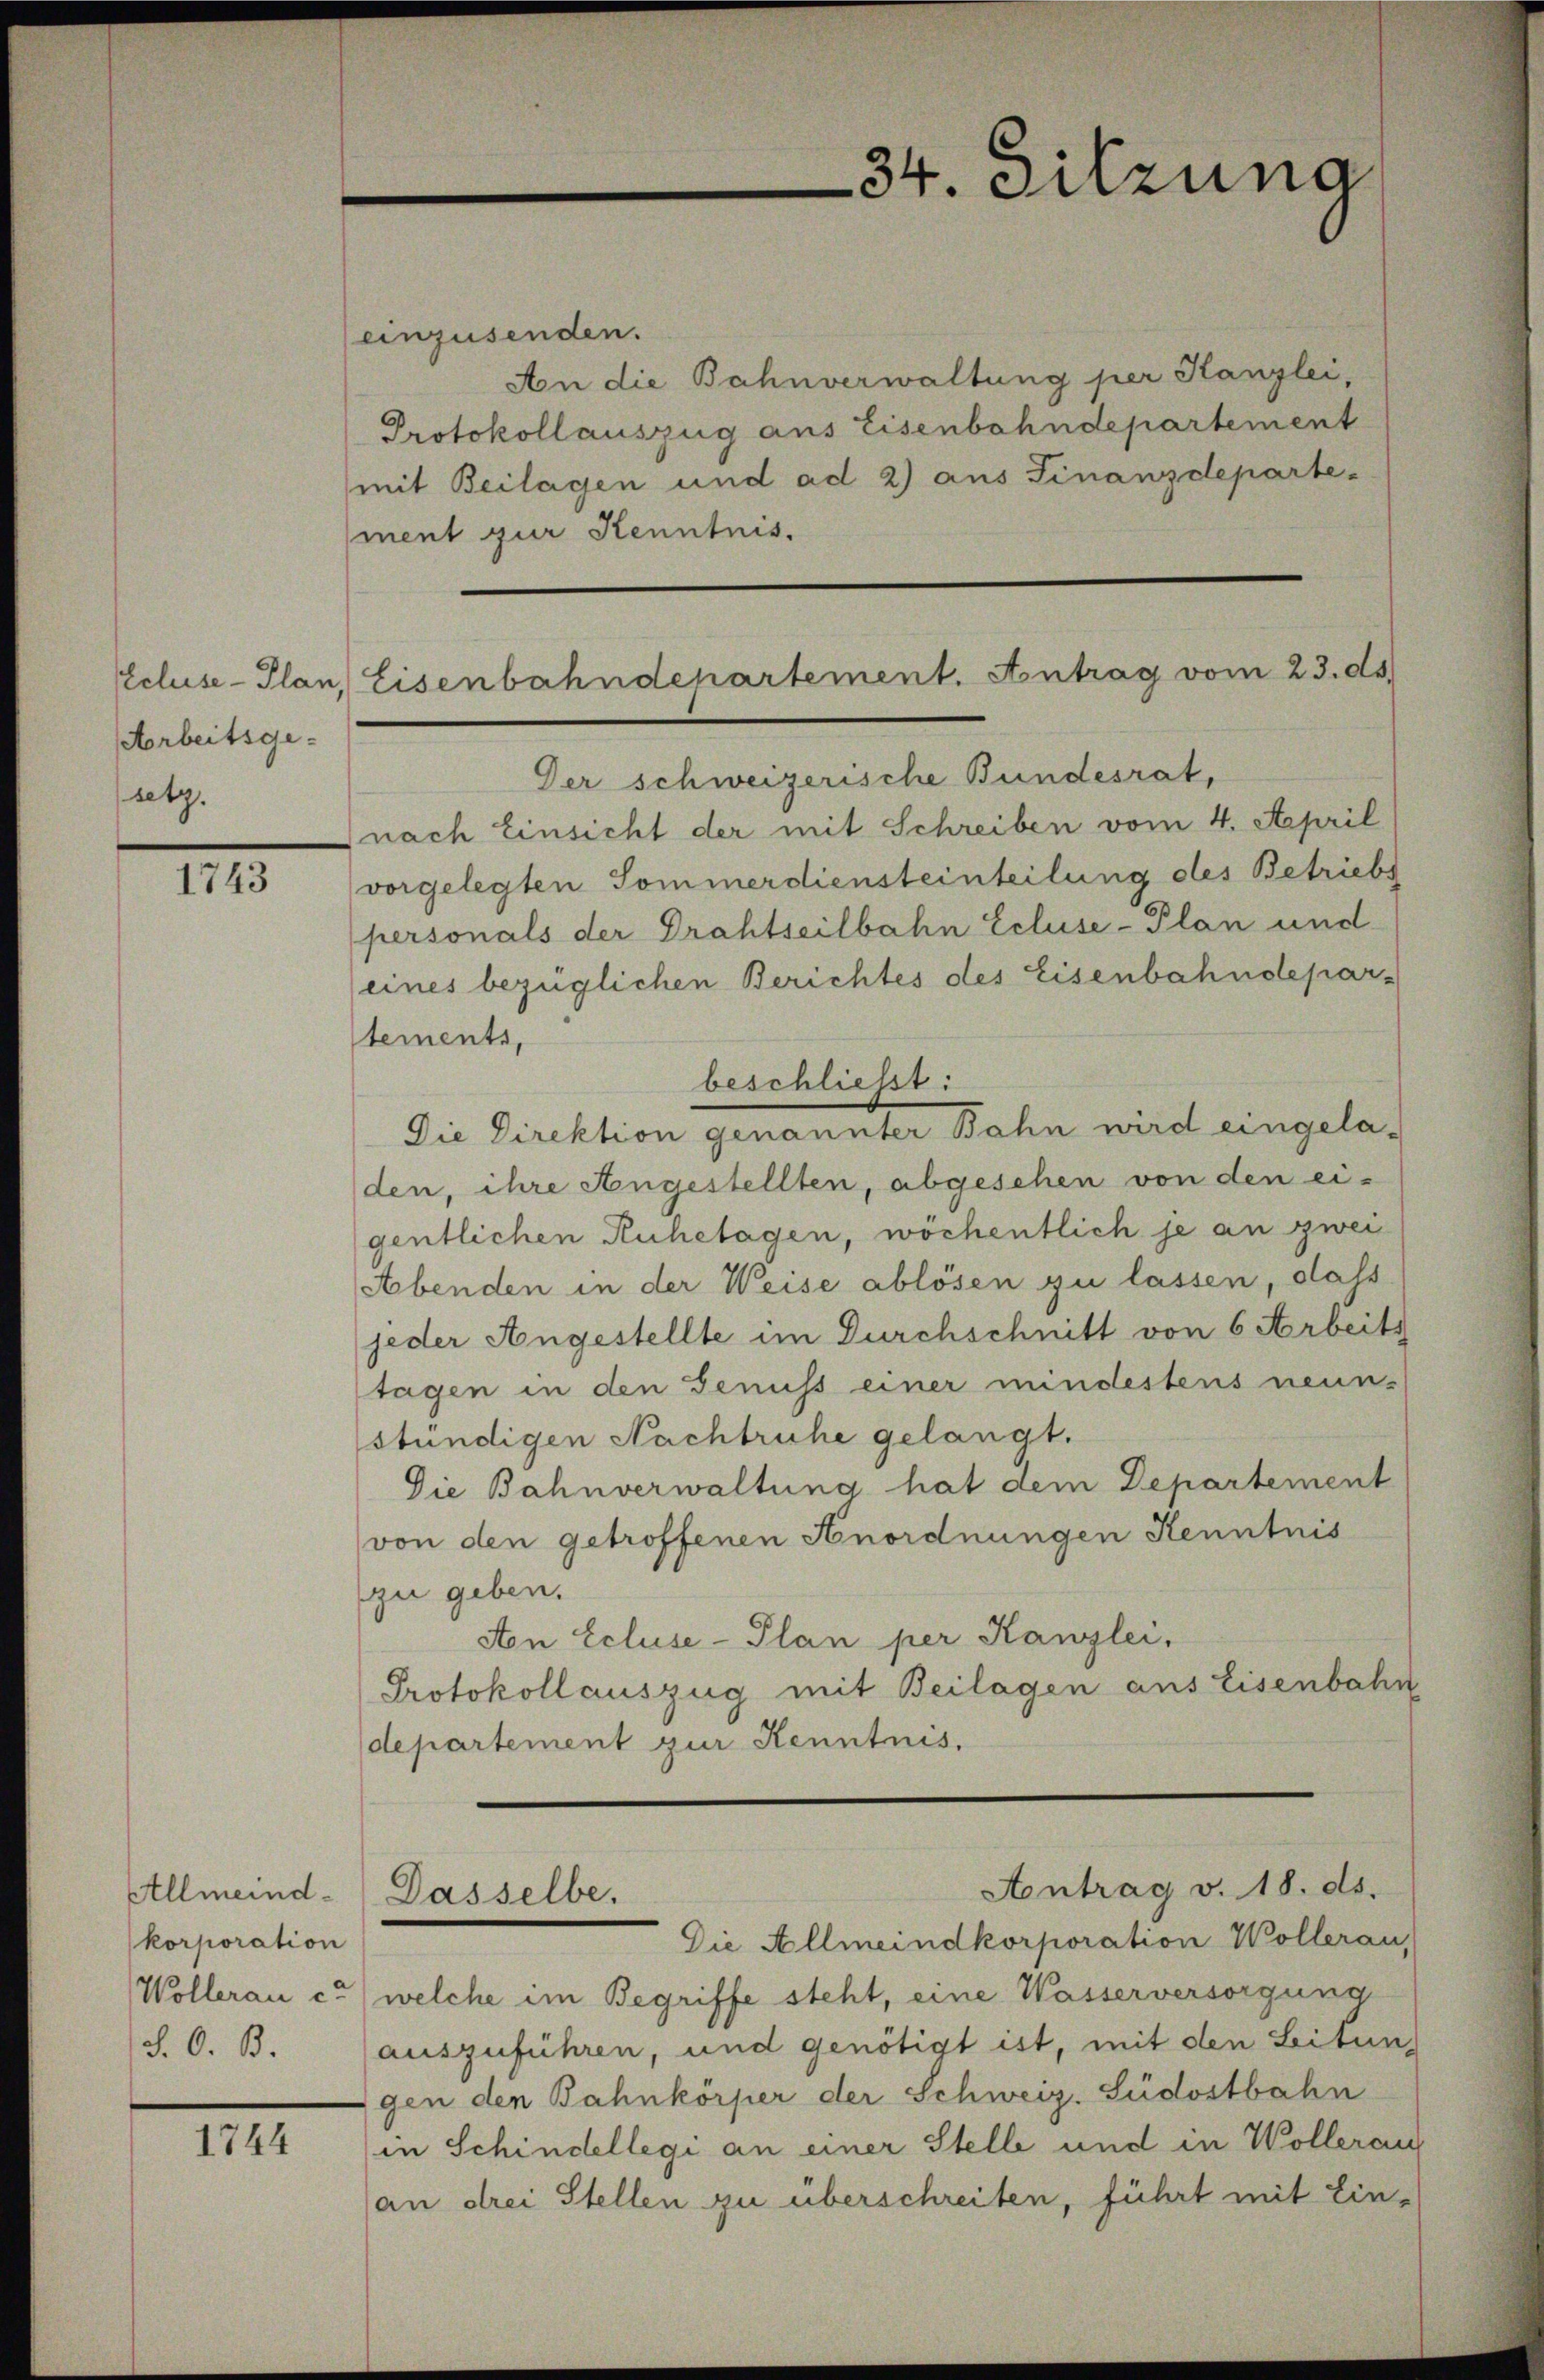
Ecluse-Plan
Arbeitsge-
setz.

1743

Allmeindkorporation
Wollerau u
S. O. B.

1744

34. Sitzung

einzusenden.
An die Bahnverwaltung per Kanzlei,
Protokollauszug aus Eisenbahndepartement
mit Beilagen und ad 2) aus Finanzdeparte-
ment zur Kenntnis.
Der schweizerische Bundesrat,
nach Einsicht der mit Schreiben vom 4. April
vorgelegten Sommerdiensteinteilung des Betriebs
personals der Drahtseilbahn Ecluse-Plan und
(eines bezüglichen Berichtes des Eisenbahndepartements,
beschließt:
Die Direktion genannter Bahn wird eingela-
den, ihre Angestellten, abgesehen von den eigentlichen Ruhetagen, wöchentlich je an zwei
Abenden in der Weise ablösen zu lassen, dass
jeder Angestellte im Durchschnitt von 6 Arbeits
tagen in den Genuss einer mindestens neun-
stündigen Nachtruhe gelangt.
Die Bahnverwaltung hat dem Departement
von den getroffenen Anordnungen Kenntnis
zu geben.
Aton Ecluse-Plan per Kanzlei,
Protokoll auszug mit Beilagen aus Eisenbahn
departement zur Kenntnis.

Eisenbahndepartement. Antrag vom 23. ds.

Dasselbe.

Die Allmeindkorporation Wollerau,
welche im Begriffe steht, eine Wasserversorgung
auszuführen, und genötigt ist, mit den Seiten,
gen den Bahnkörper der Schweiz. Südostbahn
in Schindellegi an einer Stelle und in Wollerau
(an drei Stellen zu überschreiten, führt mit Ein¬

Aontrag v. 18. ds.